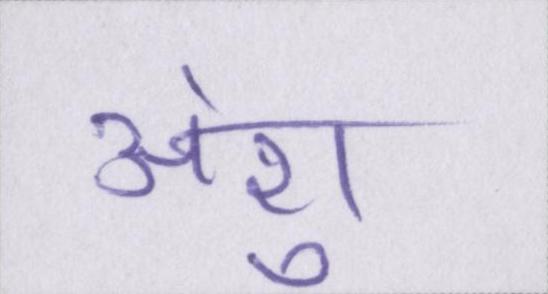
अंशु